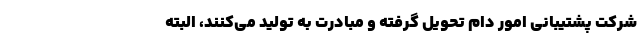
شرکت پشتیبانی امور دام تحویل گرفته و مبادرت به تولید می‌کنند، البته